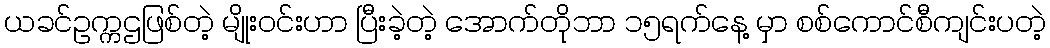
ယခင်ဥက္ကဌဖြစ်တဲ့ မျိုးဝင်းဟာ ပြီးခဲ့တဲ့ အောက်တိုဘာ ၁၅ရက်နေ့ မှာ စစ်ကောင်စီကျင်းပတဲ့